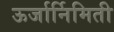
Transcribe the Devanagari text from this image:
ऊर्जार्निमिती